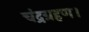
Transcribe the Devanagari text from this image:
चंद्रग्रहण।